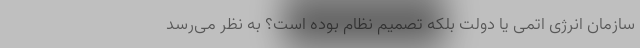
سازمان انرژی اتمی یا دولت بلکه تصمیم نظام بوده است؟ به نظر می‌رسد